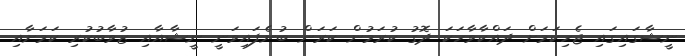
ނީޝާގައިގައި ޖެހިކަމަށް ދައްކާވާހަކަ ދޮގު ކުރަމުން ކަރަން ބުނެފައިވަނީ ނީޝާއާއި ޒުވާބުކުރި ކަމަށާއި